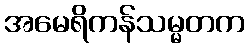
အမေရိကန်သမ္မတက